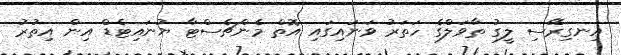
އިނގިރޭސި ލީގު ތާވަލްގެ ހަތަރު ވަނައިގައި އޮތް މެންޗެސްޓާ ޔުނައިޓެޑް އިން އިތުުރު